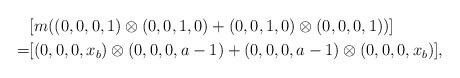
LaTeX: \begin{align*}& [m((0,0,0,1)\otimes (0,0,1,0)+(0,0,1,0)\otimes(0,0,0,1))]\\=& [(0,0,0, x_b) \otimes (0,0,0,a-1) + (0,0,0,a-1) \otimes (0,0,0,x_b)],\end{align*}